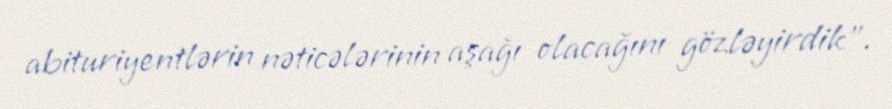
abituriyentlərin nəticələrinin aşağı olacağını gözləyirdik”.